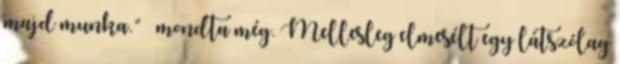
majd munka.” – mondta még. Mellesleg elmesélt egy látszólag